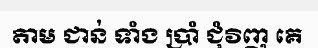
តាម ជាន់ ទាំង ប្រាំ ជុំវិញ គេ